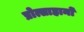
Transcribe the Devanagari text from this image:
प्रोत्साहानों